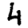
Digit: 4